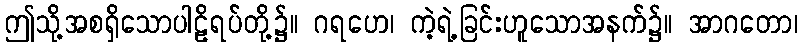
ဤသို့အစရှိသောပါဠိရပ်တို့၌။ ဂရဟေ၊ ကဲ့ရဲ့ခြင်းဟူသောအနက်၌။ အာဂတော၊